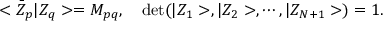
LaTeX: < \bar { Z } _ { p } \vert Z _ { q } > = M _ { p q } , \quad \mathrm { d e t } ( \vert Z _ { 1 } > , \vert Z _ { 2 } > , \cdots , \vert Z _ { N + 1 } > ) = 1 .